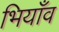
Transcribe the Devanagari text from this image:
भियाँव